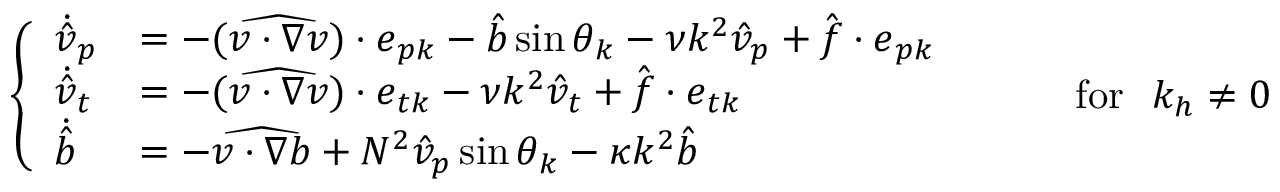
\begin{array} { r } { \left\{ \begin{array} { l l } { \dot { \hat { v } } _ { p } } & { = - ( \widehat { \boldsymbol { v } \cdot \boldsymbol { \nabla } \boldsymbol { v } } ) \cdot \boldsymbol { e } _ { p \boldsymbol { k } } - \hat { b } \sin \theta _ { \boldsymbol { k } } - \nu k ^ { 2 } \hat { v } _ { p } + \hat { \boldsymbol { f } } \cdot \boldsymbol { e } _ { p \boldsymbol { k } } } \\ { \dot { \hat { v } } _ { t } } & { = - ( \widehat { \boldsymbol { v } \cdot \boldsymbol { \nabla } \boldsymbol { v } } ) \cdot \boldsymbol { e } _ { t \boldsymbol { k } } - \nu k ^ { 2 } \hat { v } _ { t } + \hat { \boldsymbol { f } } \cdot \boldsymbol { e } _ { t \boldsymbol { k } } } \\ { \dot { \hat { b } } } & { = - \widehat { \boldsymbol { v } \cdot \boldsymbol { \nabla } b } + N ^ { 2 } \hat { v } _ { p } \sin \theta _ { \boldsymbol { k } } - \kappa k ^ { 2 } \hat { b } } \end{array} \right. ~ ~ ~ ~ ~ ~ ~ ~ \mathrm { f o r ~ } ~ k _ { h } \neq 0 } \end{array}